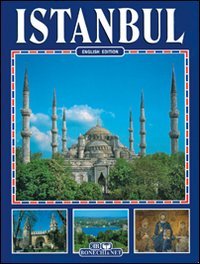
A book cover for Istanbul; Travel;